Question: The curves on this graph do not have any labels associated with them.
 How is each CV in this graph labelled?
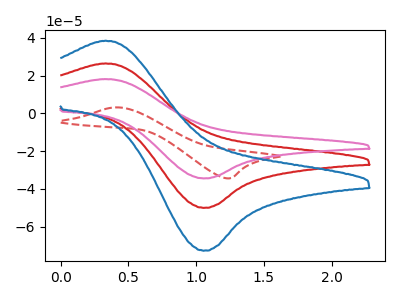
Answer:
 <answer>The red curve does not have a label. The red dashed curve does not have a label. The pink curve does not have a label. The blue curve does not have a label.</answer>
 <eval></eval>